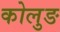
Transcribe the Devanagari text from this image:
कोलुङ